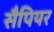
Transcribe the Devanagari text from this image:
सैपियर